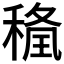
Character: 𥠢